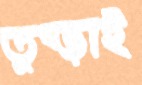
তুব্‌ড়াই